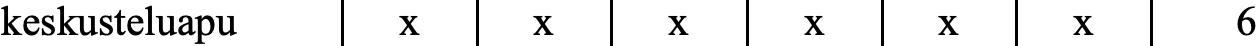
keskusteluapu x   x   x    x   x    x    6